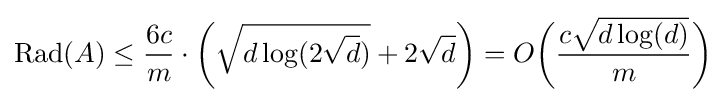
\operatorname {Rad} (A)\leq {6c \over m}\cdot {\bigg (}{\sqrt {d\log(2{\sqrt {d}})}}+2{\sqrt {d}}{\bigg )}=O{\bigg (}{c{\sqrt {d\log(d)}} \over m}{\bigg )}